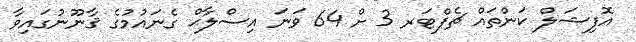
އޮފިޝަލް ކަންތައް ޗެޕްޓަރ 3 ށް 64 ވަނަ އިސްލާޙް ގެނައުމުގެ ޤާނޫނުގައިވާ